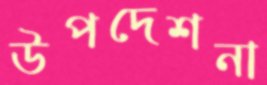
উপদেশনা